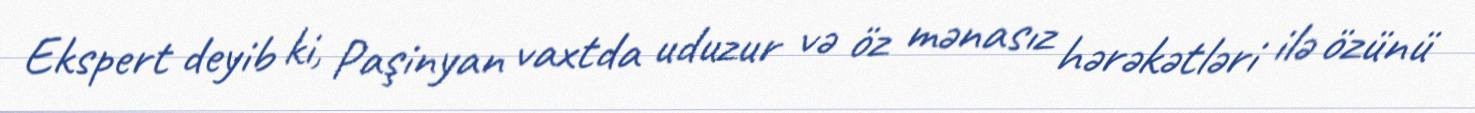
Ekspert deyib ki, Paşinyan vaxtda uduzur və öz mənasız hərəkətləri ilə özünü